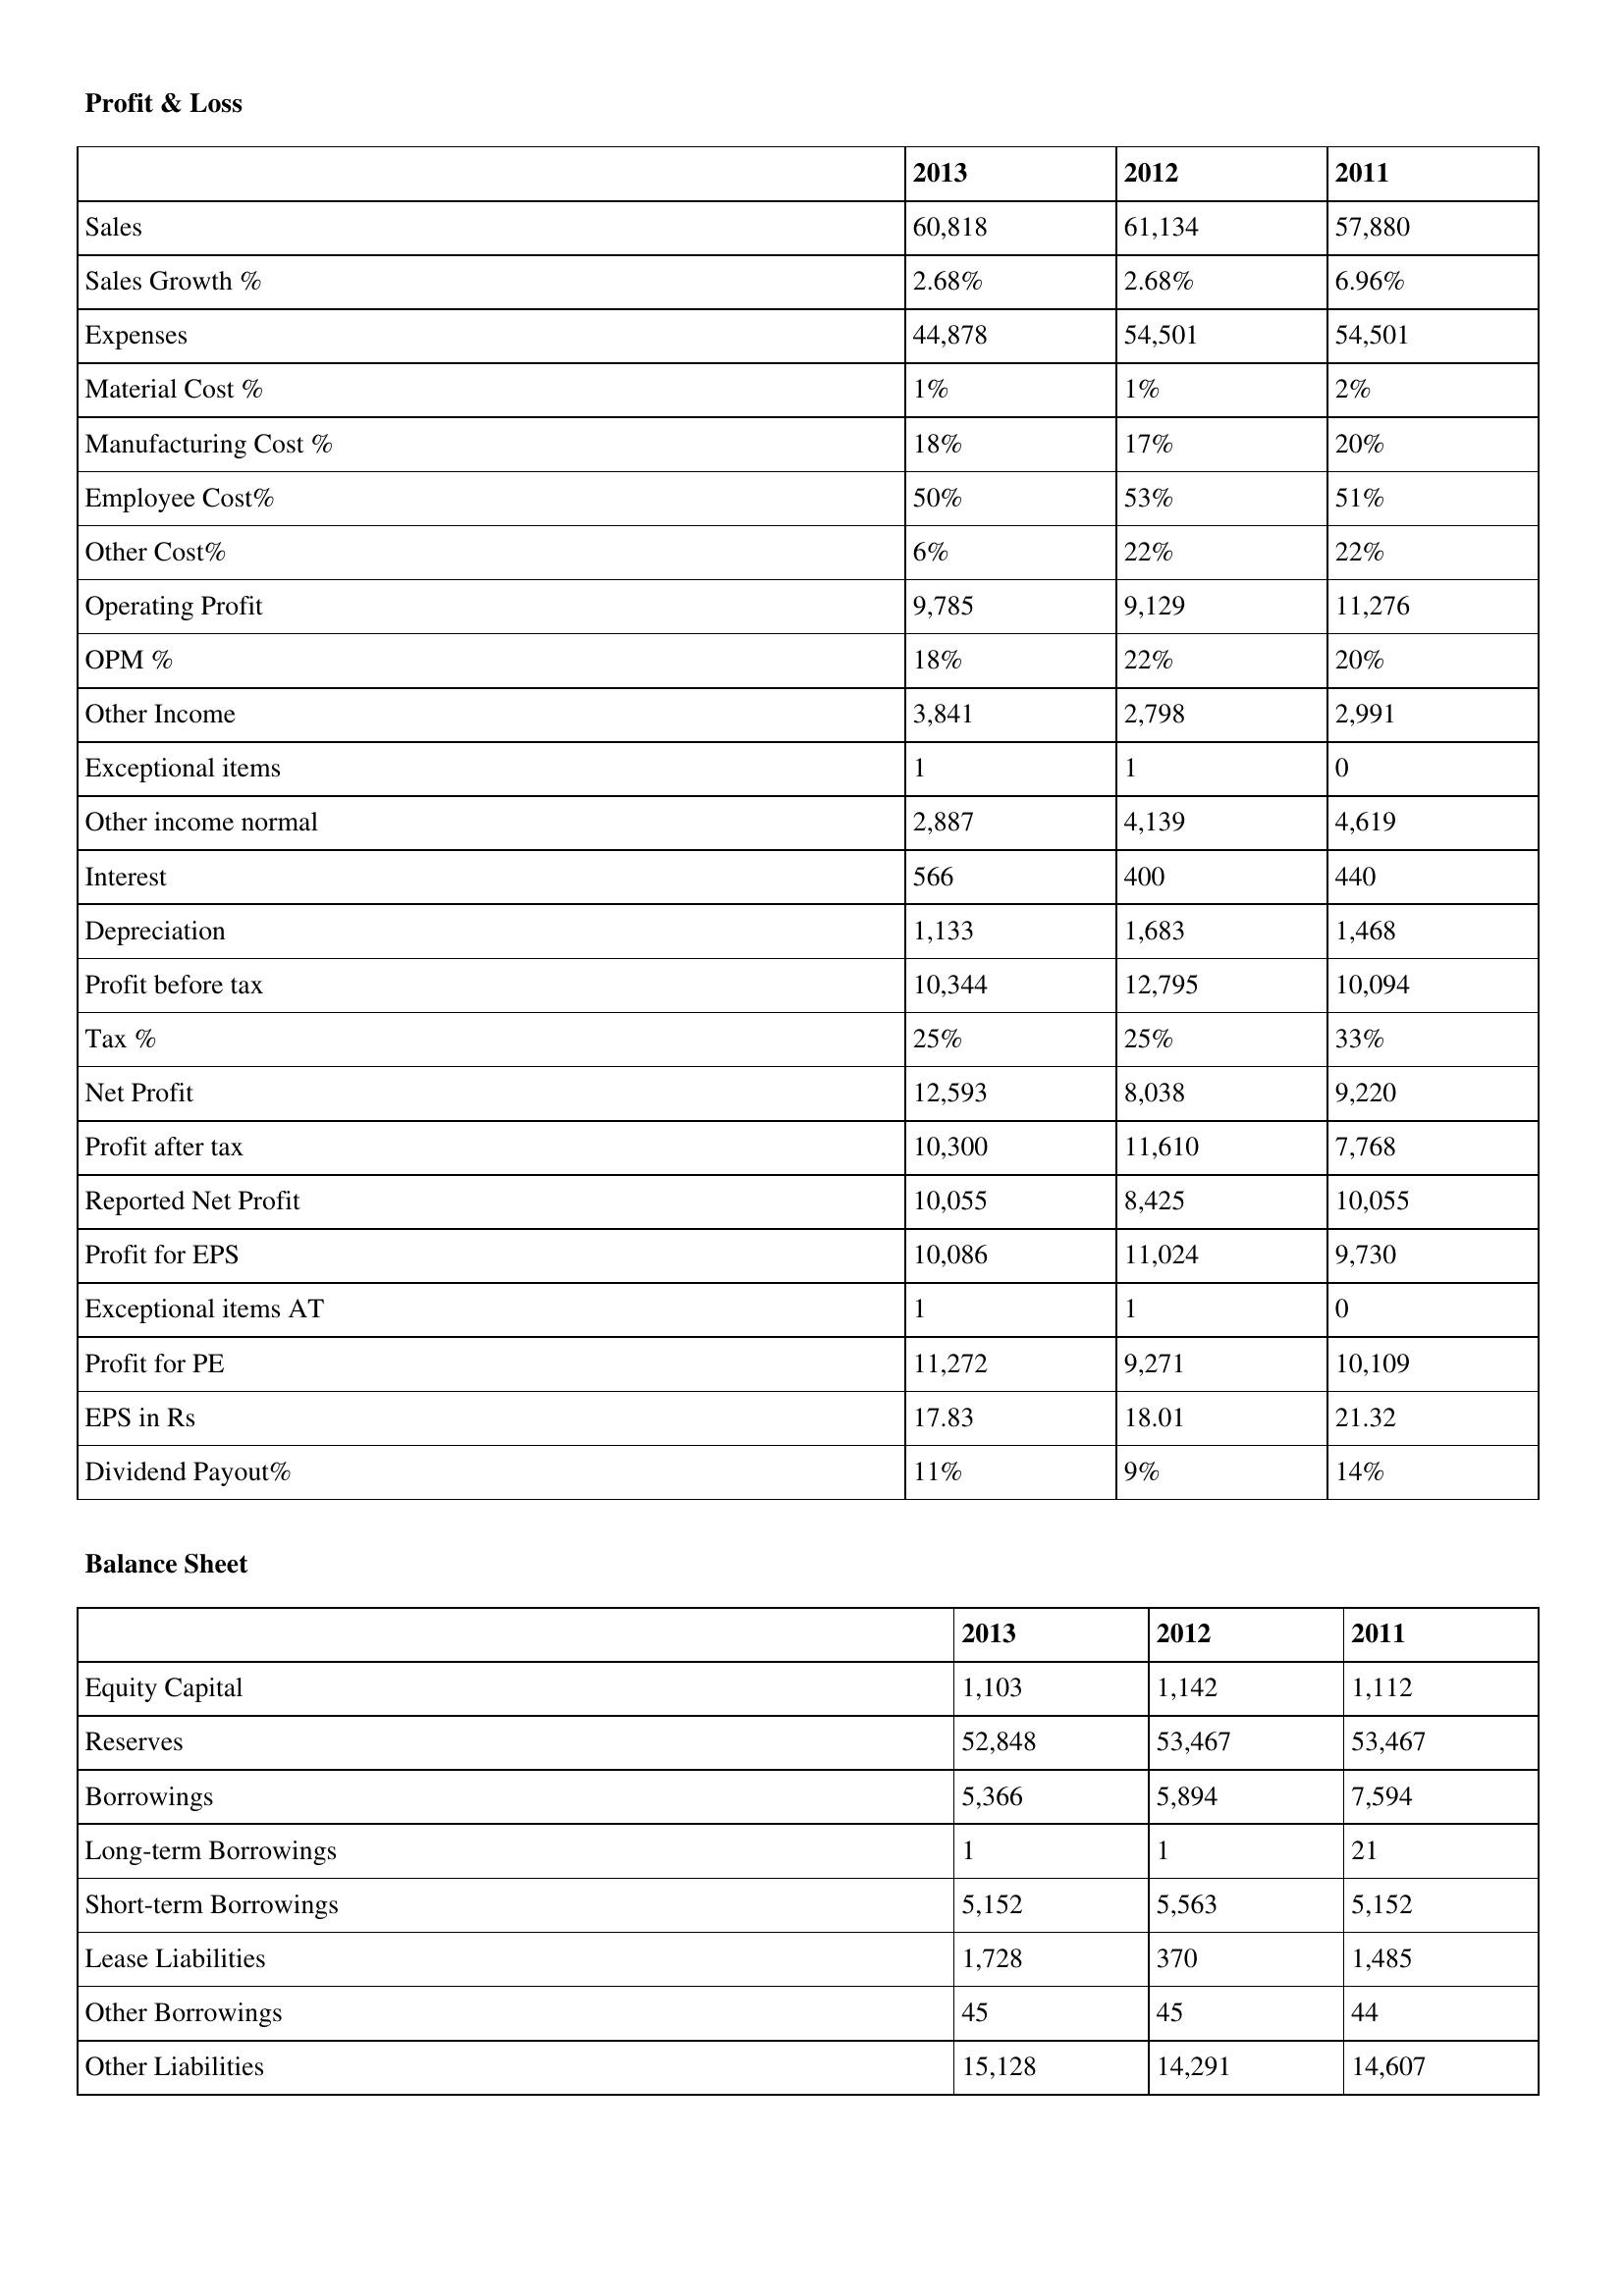
gt_parse: 2013: Profit & Loss: Sales: 60,818
Sales Growth %: 2.68%
Expenses: 44,878
Material Cost %: 1%
Manufacturing Cost %: 18%
Employee Cost%: 50%
Other Cost%: 6%
Operating Profit: 9,785
OPM %: 18%
Other Income: 3,841
Exceptional items: 1
Other income normal: 2,887
Interest: 566
Depreciation: 1,133
Profit before tax: 10,344
Tax %: 25%
Net Profit: 12,593
Profit after tax: 10,300
Reported Net Profit: 10,055
Profit for EPS: 10,086
Exceptional items AT: 1
Profit for PE: 11,272
EPS in Rs: 17.83
Dividend Payout%: 11%
Balance Sheet: Equity Capital: 1,103
Reserves: 52,848
Borrowings: 5,366
Long-term Borrowings: 1
Short-term Borrowings: 5,152
Lease Liabilities: 1,728
Other Borrowings: 45
Other Liabilities: 15,128
2012: Profit & Loss: Sales: 61,134
Sales Growth %: 2.68%
Expenses: 54,501
Material Cost %: 1%
Manufacturing Cost %: 17%
Employee Cost%: 53%
Other Cost%: 22%
Operating Profit: 9,129
OPM %: 22%
Other Income: 2,798
Exceptional items: 1
Other income normal: 4,139
Interest: 400
Depreciation: 1,683
Profit before tax: 12,795
Tax %: 25%
Net Profit: 8,038
Profit after tax: 11,610
Reported Net Profit: 8,425
Profit for EPS: 11,024
Exceptional items AT: 1
Profit for PE: 9,271
EPS in Rs: 18.01
Dividend Payout%: 9%
Balance Sheet: Equity Capital: 1,142
Reserves: 53,467
Borrowings: 5,894
Long-term Borrowings: 1
Short-term Borrowings: 5,563
Lease Liabilities: 370
Other Borrowings: 45
Other Liabilities: 14,291
2011: Profit & Loss: Sales: 57,880
Sales Growth %: 6.96%
Expenses: 54,501
Material Cost %: 2%
Manufacturing Cost %: 20%
Employee Cost%: 51%
Other Cost%: 22%
Operating Profit: 11,276
OPM %: 20%
Other Income: 2,991
Exceptional items: 0
Other income normal: 4,619
Interest: 440
Depreciation: 1,468
Profit before tax: 10,094
Tax %: 33%
Net Profit: 9,220
Profit after tax: 7,768
Reported Net Profit: 10,055
Profit for EPS: 9,730
Exceptional items AT: 0
Profit for PE: 10,109
EPS in Rs: 21.32
Dividend Payout%: 14%
Balance Sheet: Equity Capital: 1,112
Reserves: 53,467
Borrowings: 7,594
Long-term Borrowings: 21
Short-term Borrowings: 5,152
Lease Liabilities: 1,485
Other Borrowings: 44
Other Liabilities: 14,607